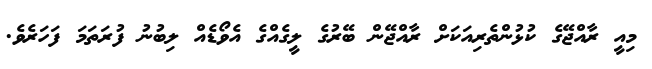
މިއީ ރާއްޖޭގެ ކުޅުންތެރިއަކަށް ރާއްޖޭން ބޭރުގެ ލީގެއްގެ އެވޯޑެއް ލިބުނު ފުރަތަމަ ފަހަރެވެ.